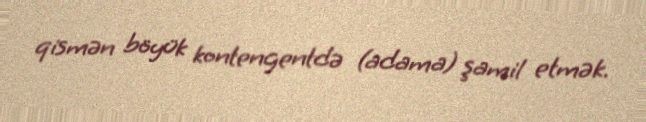
qismən böyük kontengentdə (adama) şamil etmək.